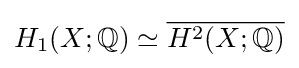
H_{1}(X;\mathbb {Q} )\simeq {\overline {H^{2}(X;\mathbb {Q} )}}